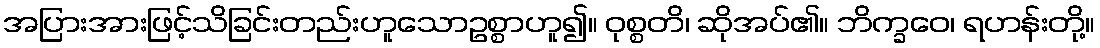
အပြားအားဖြင့်သိခြင်းတည်းဟူသောဥစ္စာဟူ၍။ ဝုစ္စတိ၊ ဆိုအပ်၏။ ဘိက္ခဝေ၊ ရဟန်းတို့။